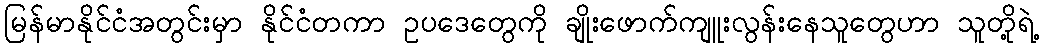
မြန်မာနိုင်ငံအတွင်းမှာ နိုင်ငံတကာ ဥပဒေတွေကို ချိုးဖောက်ကျူးလွန်းနေသူတွေဟာ သူတို့ရဲ့